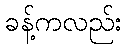
ခန့်ကလည်း